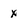
Character: x